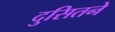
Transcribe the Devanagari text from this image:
दुसितने